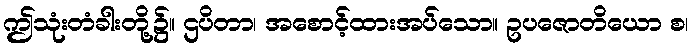
ဤသုံးတံခါးတို့၌။ ဌပိတာ၊ အစောင့်ထားအပ်သော။ ဥပဇောတိယော စ၊